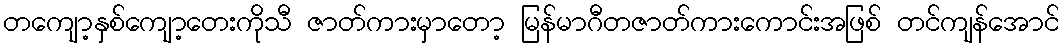
တကျော့နှစ်ကျော့တေးကိုသီ ဇာတ်ကားမှာတော့ မြန်မာဂီတဇာတ်ကားကောင်းအဖြစ် တင်ကျန်အောင်